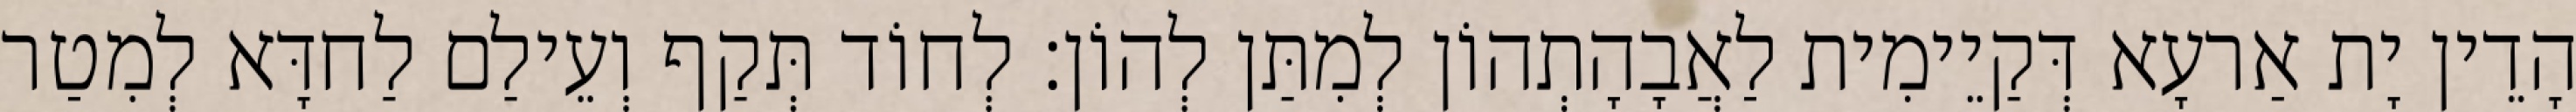
הָדֵין יָת אַרעָא דְּקַיֵימִית לַאֲבָהָתְהוֹן לְמִתַּן לְהוֹן׃ לְחוֹד תְּקַף וְעֵילַם לַחדָּא לְמִטַר